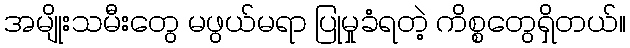
အမျိုးသမီးတွေ မဖွယ်မရာ ပြုမှုခံရတဲ့ ကိစ္စတွေရှိတယ်။